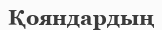
Қояндардың